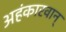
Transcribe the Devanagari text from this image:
अहंकारवान्